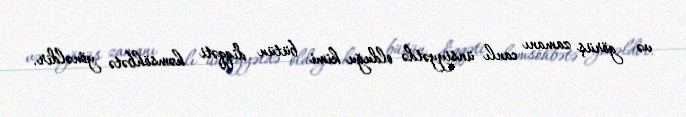
və görüş zamanı canlı ünsiyyətdə olduğu kimi bütün diqqəti həmsöhbətə yönəldir.